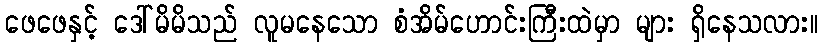
ဖေဖေနှင့် ဒေါ်မိမိသည် လူမနေသော စံအိမ်ဟောင်းကြီးထဲမှာ များ ရှိနေသလား။